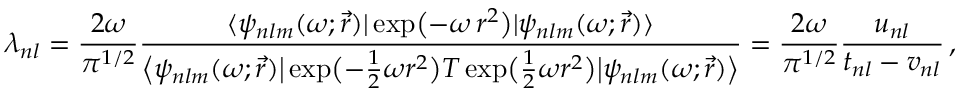
\lambda _ { n l } = \frac { 2 \omega } { \pi ^ { 1 / 2 } } \frac { \langle \psi _ { n l m } ( \omega ; \vec { r } ) | \exp \bigl ( - \omega \, r ^ { 2 } \bigr ) | \psi _ { n l m } ( \omega ; \vec { r } ) \rangle } { \bigl \langle \psi _ { n l m } ( \omega ; \vec { r } ) \big | \exp \bigl ( - \frac { 1 } { 2 } \omega r ^ { 2 } \bigr ) T \exp \bigl ( \frac { 1 } { 2 } \omega r ^ { 2 } \bigr ) \big | \psi _ { n l m } ( \omega ; \vec { r } ) \bigr \rangle } = \frac { 2 \omega } { \pi ^ { 1 / 2 } } \frac { u _ { n l } } { t _ { n l } - v _ { n l } } \, ,